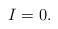
LaTeX: \begin{align*}I=0.\end{align*}